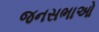
જનસભાઓ